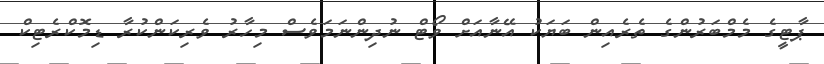
ޕާޓީގެ މެމްބަރުންގެ ތެރެއިން ބަޔަކު އޭނާއަށް ވޯޓް ނުދިންނަމަވެސް މިހާރު ވެރިކަންކުރާ ޑިމޮކްރެޓިކް